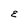
Character: E